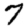
Digit: 7